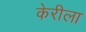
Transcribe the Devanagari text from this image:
केरीला